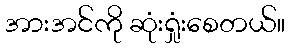
အားအင်ကို ဆုံးရှုံးစေတယ်။